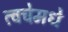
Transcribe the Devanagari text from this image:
त्वचेमधे